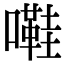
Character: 嚡